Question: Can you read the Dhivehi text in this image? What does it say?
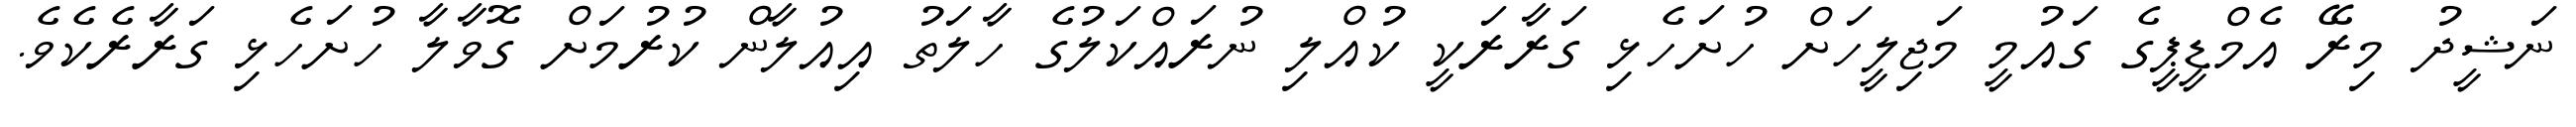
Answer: ނަޝީދު މިރޭ އެމްޑީޕީގެ ގައުމީ މަޖިލީހަށް ހުށަހެޅި ގަރާރަކީ ކުއްލި ނުރައްކަލުގެ ހާލަތު އިއުލާން ކުރުމަށް ގޮވާލާ ހުށަހެޅި ގަރާރެކެވެ.